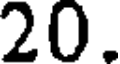
20.